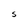
Character: s